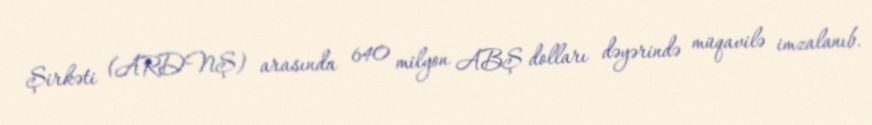
Şirkəti (ARDNŞ) arasında 640 milyon ABŞ dolları dəyərində müqavilə imzalanıb.